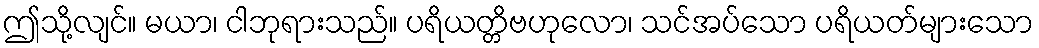
ဤသို့လျင်။ မယာ၊ ငါဘုရားသည်။ ပရိယတ္တိဗဟုလော၊ သင်အပ်သော ပရိယတ်များသော